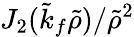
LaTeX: J_{2}(\tilde{k}_{f}\tilde{\rho})/\tilde{\rho}^{2}